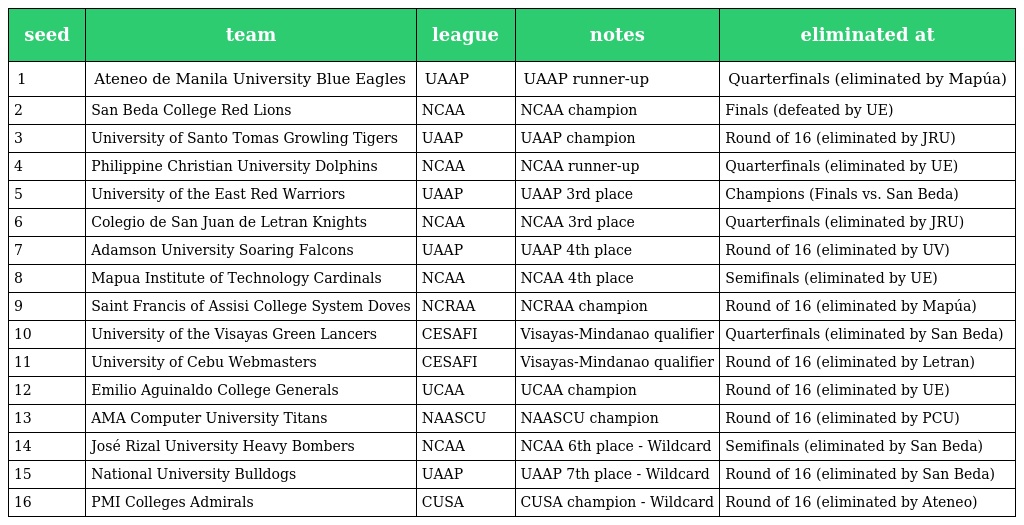
| seed | team | league | notes | eliminated at |
 | --- | --- | --- | --- | --- |
 | 1 | Ateneo de Manila University Blue Eagles | UAAP | UAAP runner-up | Quarterfinals (eliminated by Mapúa) |
 | 2 | San Beda College Red Lions | NCAA | NCAA champion | Finals (defeated by UE) |
 | 3 | University of Santo Tomas Growling Tigers | UAAP | UAAP champion | Round of 16 (eliminated by JRU) |
 | 4 | Philippine Christian University Dolphins | NCAA | NCAA runner-up | Quarterfinals (eliminated by UE) |
 | 5 | University of the East Red Warriors | UAAP | UAAP 3rd place | Champions (Finals vs. San Beda) |
 | 6 | Colegio de San Juan de Letran Knights | NCAA | NCAA 3rd place | Quarterfinals (eliminated by JRU) |
 | 7 | Adamson University Soaring Falcons | UAAP | UAAP 4th place | Round of 16 (eliminated by UV) |
 | 8 | Mapua Institute of Technology Cardinals | NCAA | NCAA 4th place | Semifinals (eliminated by UE) |
 | 9 | Saint Francis of Assisi College System Doves | NCRAA | NCRAA champion | Round of 16 (eliminated by Mapúa) |
 | 10 | University of the Visayas Green Lancers | CESAFI | Visayas-Mindanao qualifier | Quarterfinals (eliminated by San Beda) |
 | 11 | University of Cebu Webmasters | CESAFI | Visayas-Mindanao qualifier | Round of 16 (eliminated by Letran) |
 | 12 | Emilio Aguinaldo College Generals | UCAA | UCAA champion | Round of 16 (eliminated by UE) |
 | 13 | AMA Computer University Titans | NAASCU | NAASCU champion | Round of 16 (eliminated by PCU) |
 | 14 | José Rizal University Heavy Bombers | NCAA | NCAA 6th place - Wildcard | Semifinals (eliminated by San Beda) |
 | 15 | National University Bulldogs | UAAP | UAAP 7th place - Wildcard | Round of 16 (eliminated by San Beda) |
 | 16 | PMI Colleges Admirals | CUSA | CUSA champion - Wildcard | Round of 16 (eliminated by Ateneo) |